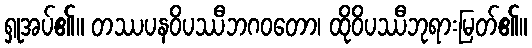
ရှုအပ်၏။ တဿပနဝိပဿီဘဂဝတော၊ ထိုဝိပဿီဘုရားမြတ်၏။